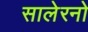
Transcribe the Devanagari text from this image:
सालेरनो